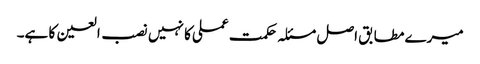
میرے مطابق اصل مسئلہ حکمت عملی کا نہیں نصب العین کا ہے۔